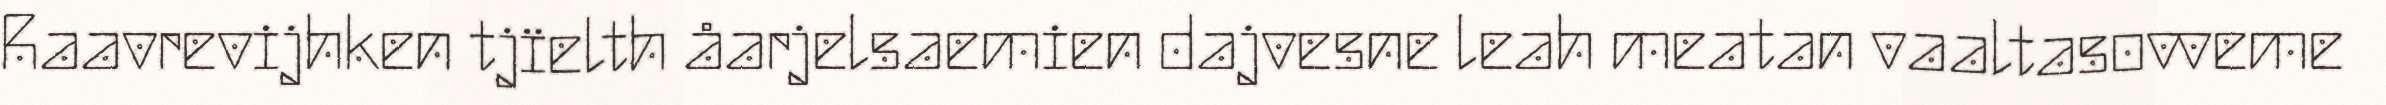
Raavrevijhken tjïelth åarjelsaemien dajvesne leah meatan vaaltasovveme